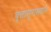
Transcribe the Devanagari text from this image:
वृत्तासुराख्यान